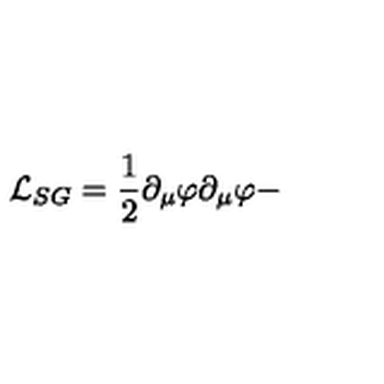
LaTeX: { \cal L } _ { S G } = \frac { 1 } { 2 } \partial _ { \mu } \varphi \partial _ { \mu } \varphi -